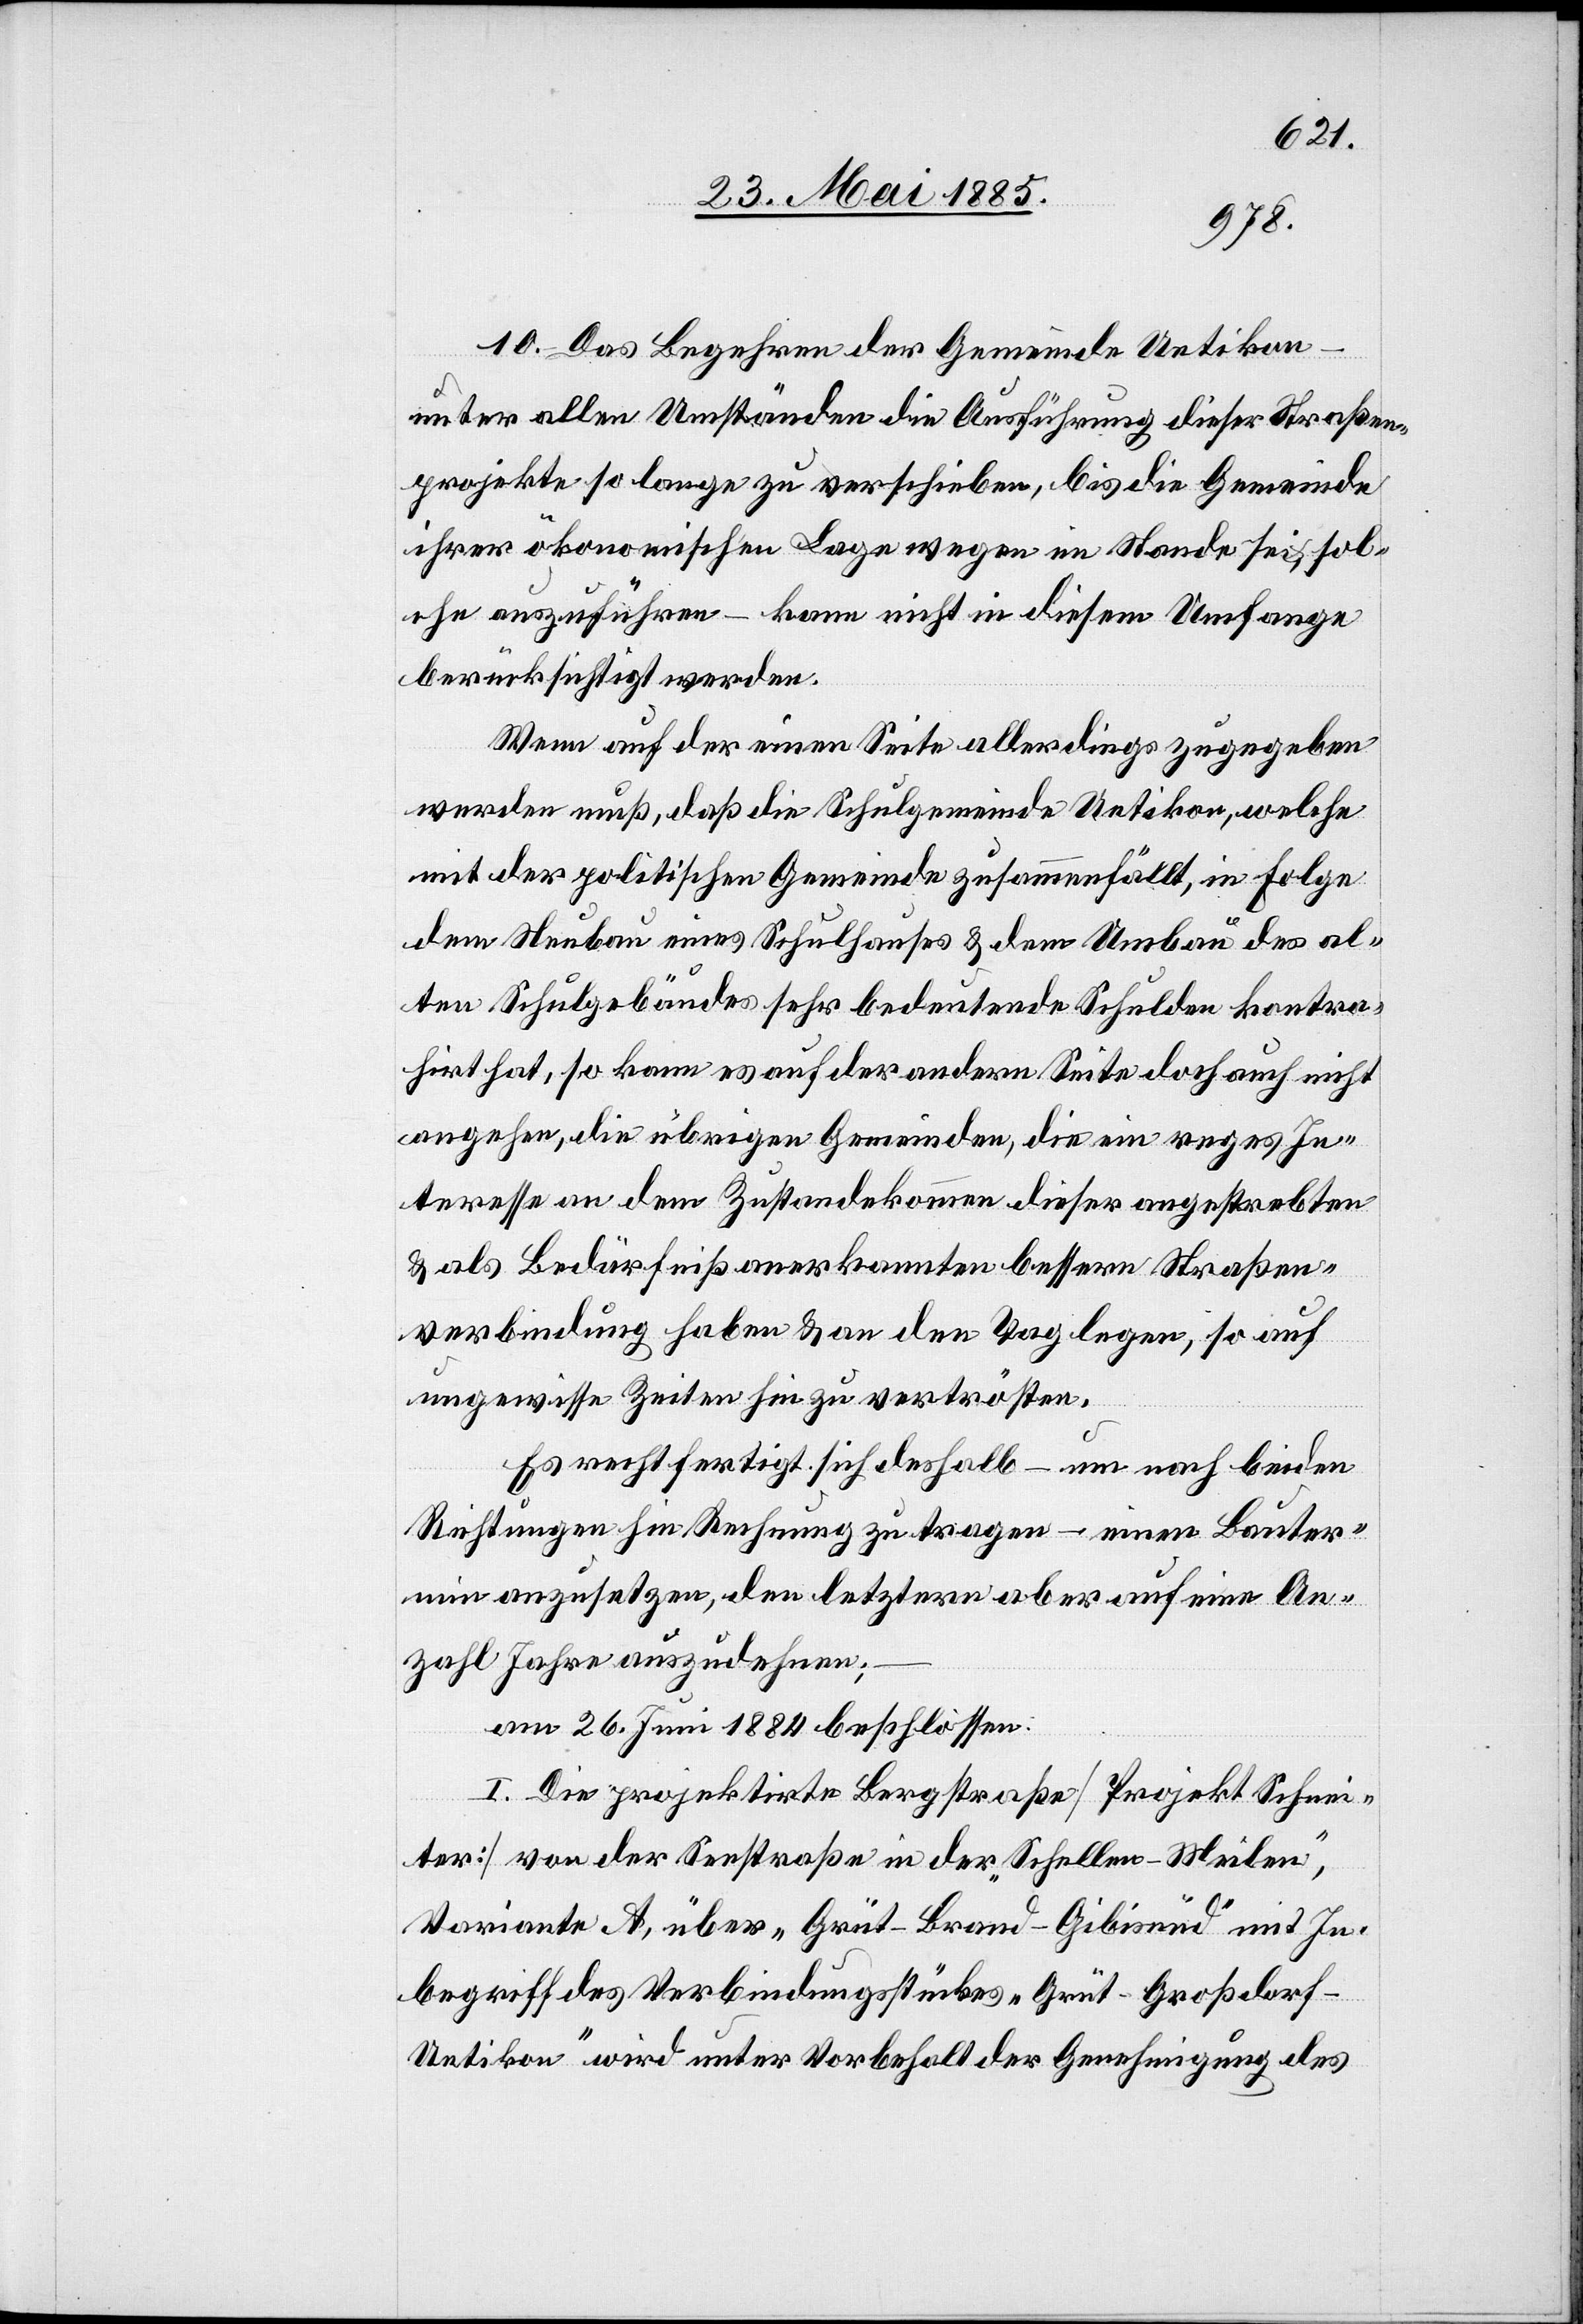
10. Das Begehren der Gemeinde Uetikon
unter allen Umständen die Ausführung dieser Straßen¬
projekte so lange zu verschieben, bis die Gemeinde
ihrer ökonomischen Lage wegen im Stande sei, sol¬
che auszuführen – kann nicht in diesem Umfange
berücksichtigt werden.
Wenn auf der einen Seite allerdings zugegeben
werden muß, daß die Schulgemeinde Uetikon, welche
mit der politischen Gemeinde zusammenfällt, in Folge
dem Neubau eines Schulhauses & dem Umbau des al¬
ten Schulgebäudes sehr bedeutende Schulden kontra¬
hirt hat, so kann es auf der anderen Seite doch auch nicht
angehen, die übrigen Gemeinden, die ein reges In¬
teresse an dem Zustandekommen dieser angestrebten
& als Bedürfniß anerkannten bessern Straßen¬
verbindung haben & an den Tag legen, so auf
ungewisse Zeiten hin zu vertrösten.
Es rechtfertigt sich deshalb – um nach beiden
Richtungen hin Rechnung zu tragen – einen Bauter¬
min anzusetzen, den letztern aber auf eine An¬
zahl Jahre auszudehnen;
am 26. Juni 1884 beschlossen:
I. Die projektirte Bergstraße [Projekt Schnei¬
ter] von der Seestraße in der „Schellen–Meilen“,
Variante A, über „Grüt–Gibisnüd“ mit In¬
begriff des Verbindungsstückes „Grüt–Großdorf–U¬
etikon“ wird unter Vorbehalt der Genehmigung des